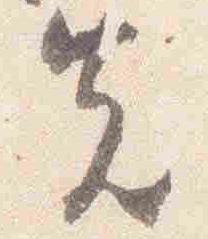
先